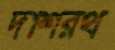
দাশরথ